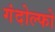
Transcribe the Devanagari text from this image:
गंदोल्फो